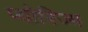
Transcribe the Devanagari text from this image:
प्योरिज्म